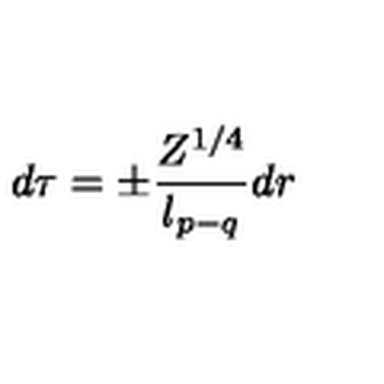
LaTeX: d \tau = \pm \frac { Z ^ { 1 / 4 } } { l _ { p - q } } d r \